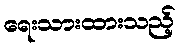
ရေးသားထားသည့်